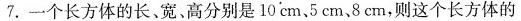
7. 一个长方体的长、宽、高分别是10cm、5cm、8cm，则这个长方体的